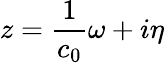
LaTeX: z=\frac{1}{c_{0}}\omega+i\eta